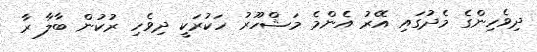
ދިވެހިންގެ މެދުގައި އޭރު އެންމެ މަޝްހޫރު ހަކުރަކީ ދިވެހި ރުކުން ބާލާ ރާ